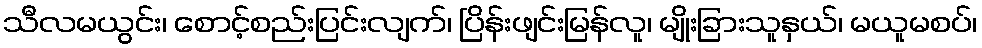
သီလမယွင်း၊ စောင့်စည်းပြင်းလျက်၊ ပြိန်းဖျင်းမြန်လူ၊ မျိုးခြားသူနှယ်၊ မယူမစပ်၊